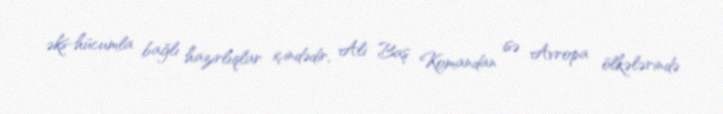
əks-hücumla bağlı hazırlıqlar içindədir, Ali Baş Komandan isə Avropa ölkələrində